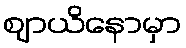
ဈာယိနောမှာ